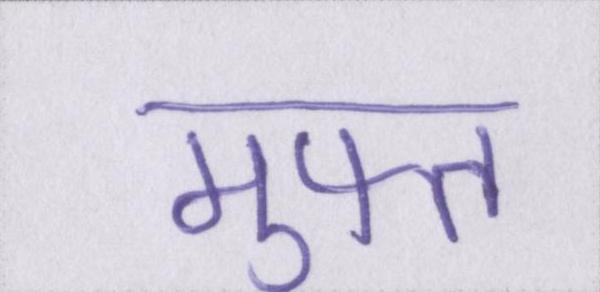
मुफ्त